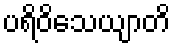
ပရိဝိသေယျာတိ